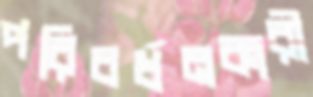
পরিবর্ধনকারী